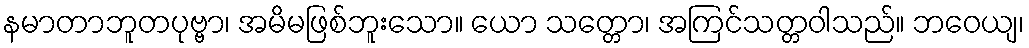
နမာတာဘူတပုဗ္ဗာ၊ အမိမဖြစ်ဘူးသော။ ယော သတ္တော၊ အကြင်သတ္တဝါသည်။ ဘဝေယျ၊